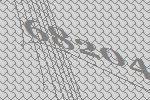
68204